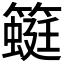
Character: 𰪛